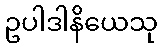
ဥပါဒါနိယေသု